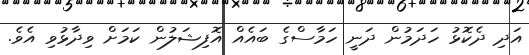
އަދި ދެކޮޅު ހަދަމުން ދަނީ ހަމާސްގެ ބައެއް އޮފިޝަލުން ކަމަށް ވިދާޅުވި އެވެ.